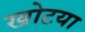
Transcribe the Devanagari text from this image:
खोटया